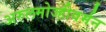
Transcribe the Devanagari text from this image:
अरुलमोज्हीवर्मन